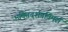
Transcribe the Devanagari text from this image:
भक्तिदर्शनविमर्श